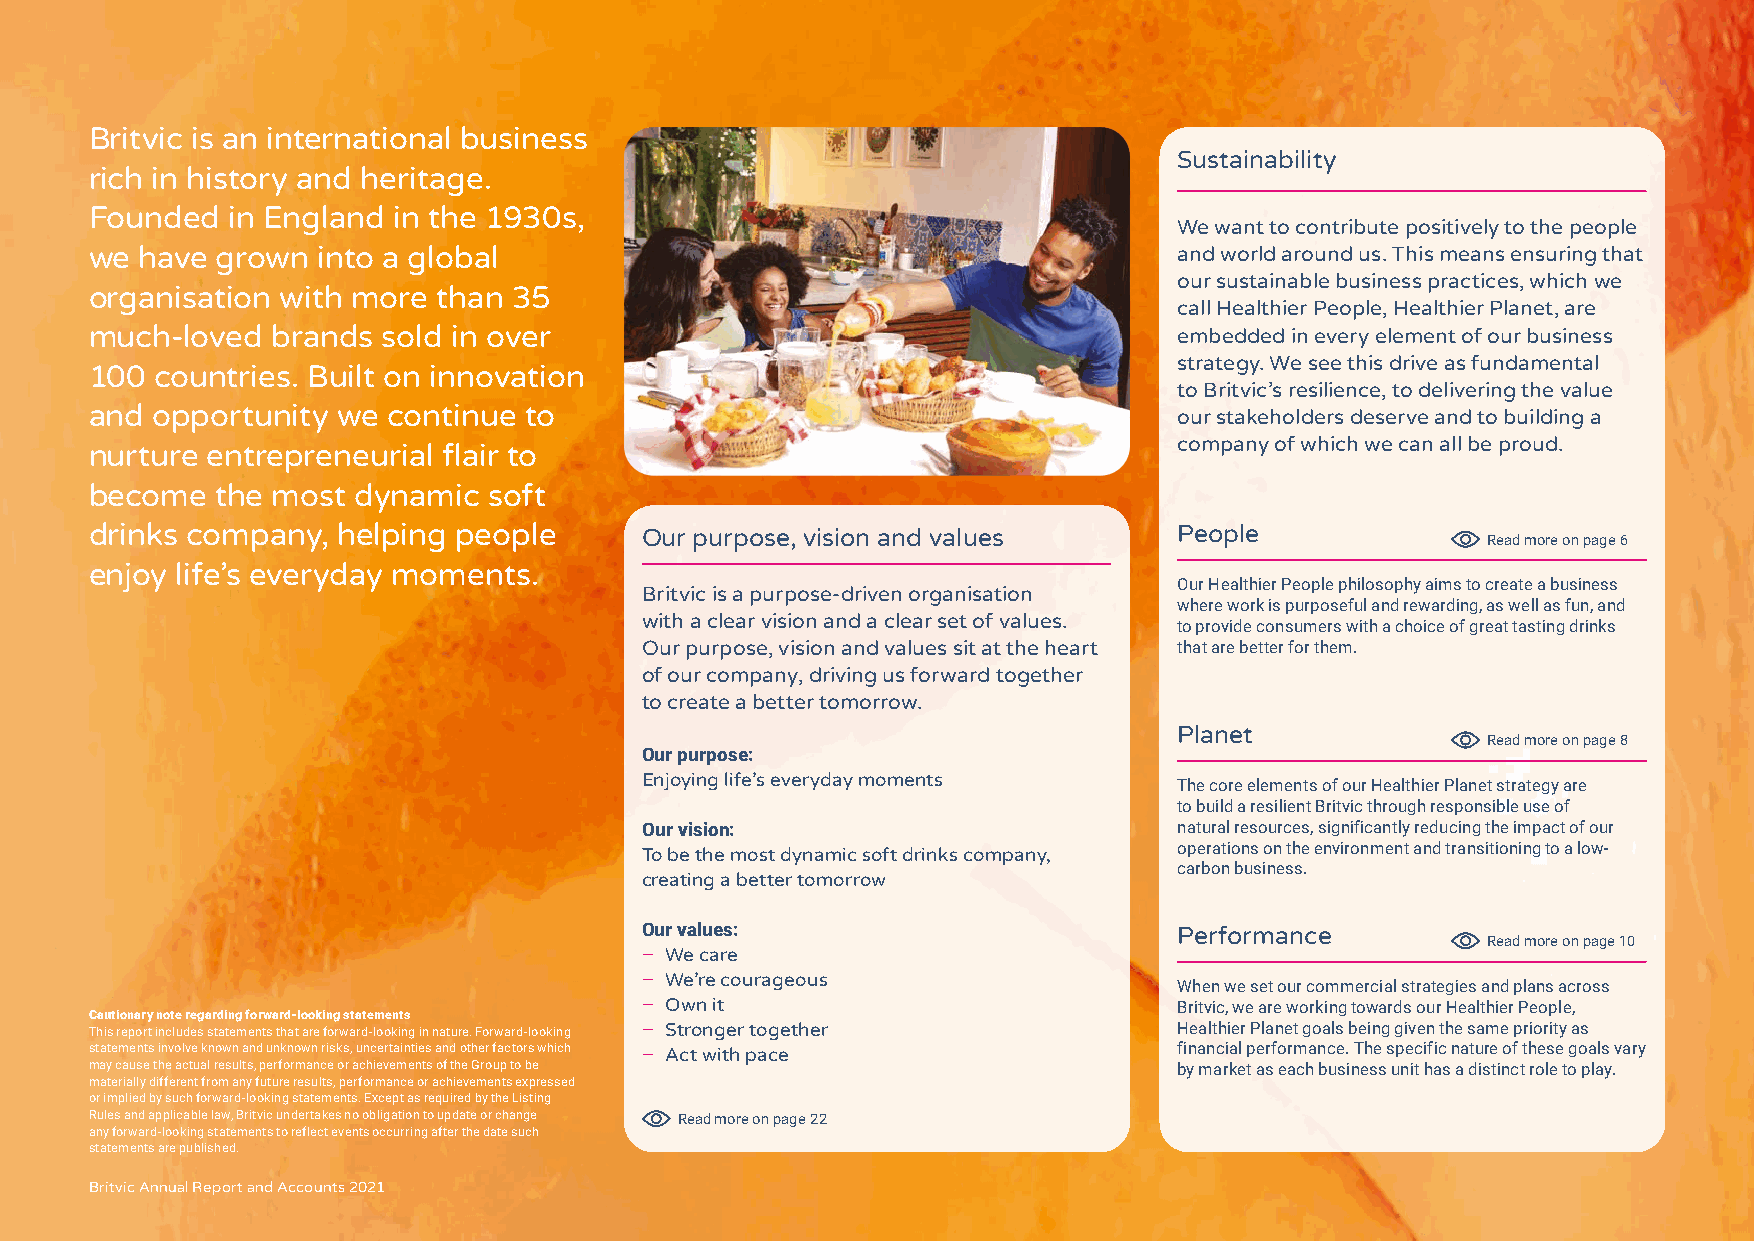
Britvic is an international business
 Sustainability
 rich in history and heritage.
 Founded  in England in the 1930s,
 We want to contribute positively to the people
 we have grown  into a global                                            and world around us. This means ensuring that
 our sustainable business practices, which we
 organisation with more than 35
 call Healthier People, Healthier Planet, are
 much-loved  brands sold in over                                         embedded in every element of our business
 strategy. We see this drive as fundamental
 100 countries. Built on innovation
 to Britvic’s resilience, to delivering the value
 and opportunity we  continue to                                         our stakeholders deserve and to building a
 company of which we can all be proud.
 nurture entrepreneurial flair to
 become  the most  dynamic soft
 drinks company, helping people      Our purpose, vision and values      People              Read more on page 6
 enjoy life’s everyday moments.
 Our Healthier People philosophy aims to create a business
 Britvic is a purpose-driven organisation
 where work is purposeful and rewarding, as well as fun, and
 with a clear vision and a clear set of values.
 to provide consumers with a choice of great tasting drinks
 Our purpose, vision and values sit at the heart that are better for them.
 of our company, driving us forward together
 to create a better tomorrow.
 Planet
 Read more on page 8
 Our purpose:
 Enjoying life’s everyday moments
 The core elements of our Healthier Planet strategy are
 to build a resilient Britvic through responsible use of
 Our vision:                         natural resources, significantly reducing the impact of our
 To be the most dynamic soft drinks company, operations on the environment and transitioning to a low-
 carbon business.
 creating a better tomorrow
 Our values:                         Performance
 Read more on page 10
 – We care
 – We’re courageous
 When we set our commercial strategies and plans across
 – Own it                            Britvic, we are working towards our Healthier People,
 Cautionary note regarding forward-looking statements
 This report includes statements that are forward-looking in nature. Forward-looking – Stronger together Healthier Planet goals being given the same priority as
 statements involve known and unknown risks, uncertainties and other factors which – Act with pace financial performance. The specific nature of these goals vary
 may cause the actual results, performance or achievements of the Group to be by market as each business unit has a distinct role to play.
 materially different from any future results, performance or achievements expressed
 or implied by such forward-looking statements. Except as required by the Listing
 Rules and applicable law, Britvic undertakes no obligation to update or change Read more on page 22
 any forward-looking statements to reflect events occurring after the date such
 statements are published.
 Britvic Annual Report and Accounts 2021